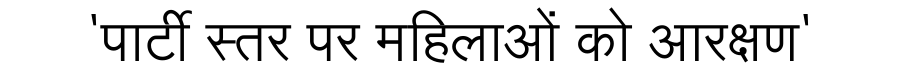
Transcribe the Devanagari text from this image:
'पार्टी स्तर पर महिलाओं को आरक्षण'